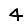
Digit: 4